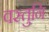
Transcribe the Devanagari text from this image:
वस्तुनि